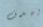
يهدف